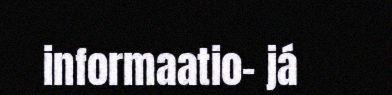
informaatio- já